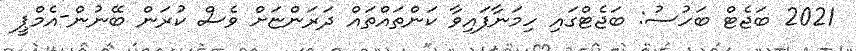
2021 ބަޖެޓް ބަހުސު: ބަޖެޓްގައި ހިމަނާފައިވާ ކަންތައްތައް ދަރަންޏަށް ވެސް ކުރަން ބޭނުން-އެމްޕީ